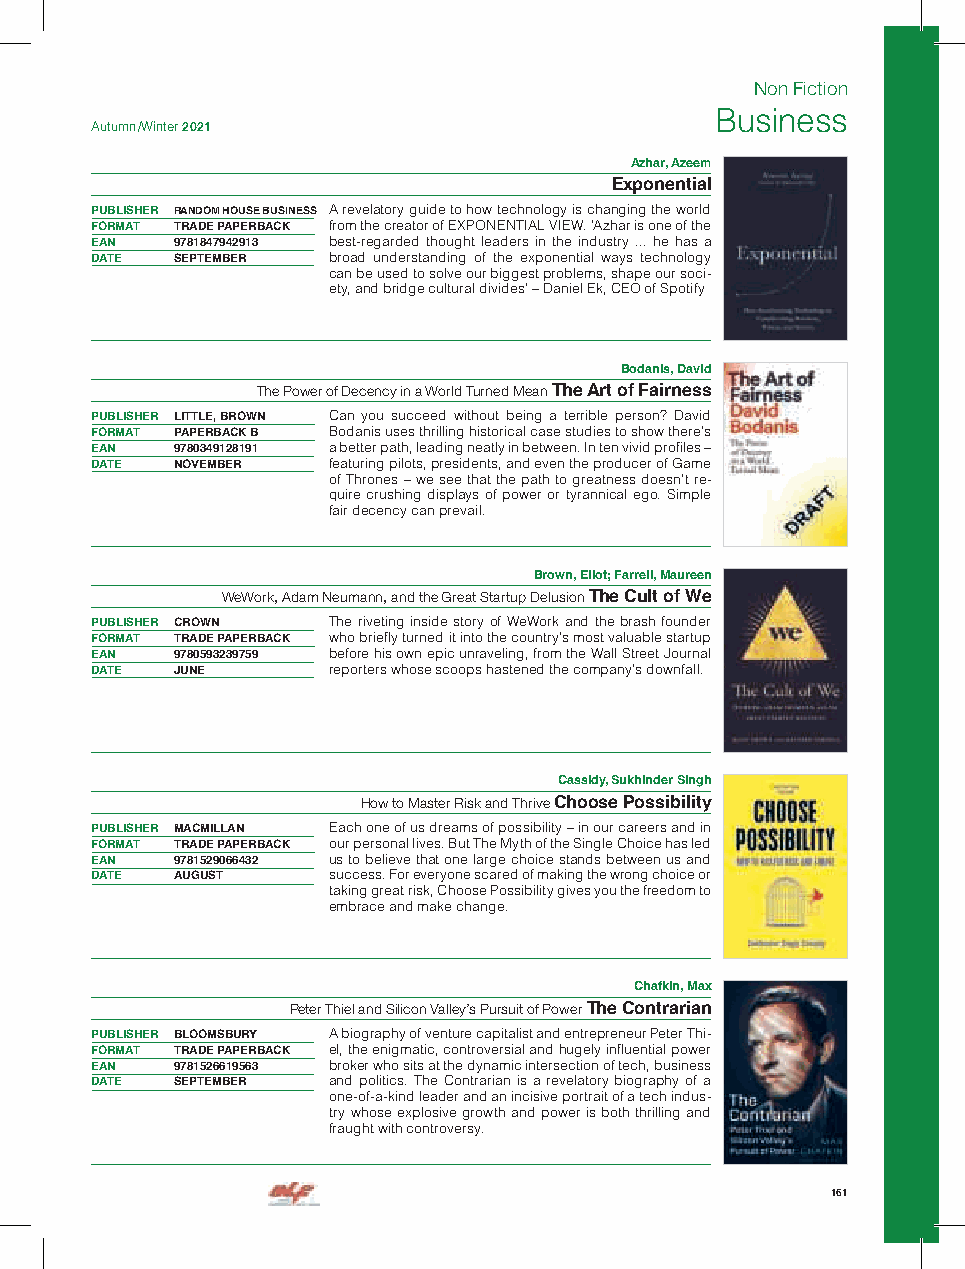
Non Fiction
 Business
 Autumn /Winter 2021
 Azhar, Azeem
 Exponential
 PUBLISHER RANDOM HOUSE BUSINESS A revelatory guide to how technology is changing the world
 FORMAT TRADE PAPERBACK from the creator of EXPONENTIAL VIEW. ’Azhar is one of the
 EAN  9781847942913 best-regarded thought leaders in the industry ... he has a
 DATE SEPTEMBER  broad understanding of the exponential ways technology
 can be used to solve our biggest problems, shape our soci-
 ety, and bridge cultural divides’ – Daniel Ek, CEO of Spotify
 Bodanis, David
 The Power of Decency in a World Turned Mean The Art of Fairness
 PUBLISHER LITTLE, BROWN Can you succeed without being a terrible person? David
 FORMAT PAPERBACK B Bodanis uses thrilling historical case studies to show there’s
 EAN  9780349128191 a better path, leading neatly in between. In ten vivid profiles –
 DATE NOVEMBER   featuring pilots, presidents, and even the producer of Game
 of Thrones – we see that the path to greatness doesn’t re-
 quire crushing displays of power or tyrannical ego. Simple
 fair decency can prevail.
 Brown, Eliot; Farrell, Maureen
 WeWork, Adam Neumann, and the Great Startup Delusion The Cult of We
 PUBLISHER CROWN The riveting inside story of WeWork and the brash founder
 FORMAT TRADE PAPERBACK who briefly turned it into the country’s most valuable startup
 EAN  9780593239759 before his own epic unraveling, from the Wall Street Journal
 DATE JUNE       reporters whose scoops hastened the company’s downfall.
 Cassidy, Sukhinder Singh
 How to Master Risk and Thrive Choose Possibility
 PUBLISHER MACMILLAN Each one of us dreams of possibility – in our careers and in
 FORMAT TRADE PAPERBACK our personal lives. But The Myth of the Single Choice has led
 EAN  9781529066432 us to believe that one large choice stands between us and
 DATE AUGUST     success. For everyone scared of making the wrong choice or
 taking great risk, Choose Possibility gives you the freedom to
 embrace and make change.
 Chafkin, Max
 Peter Thiel and Silicon Valley’s Pursuit of Power The Contrarian
 PUBLISHER BLOOMSBURY A biography of venture capitalist and entrepreneur Peter Thi-
 FORMAT TRADE PAPERBACK el, the enigmatic, controversial and hugely influential power
 EAN  9781526619563 broker who sits at the dynamic intersection of tech, business
 DATE SEPTEMBER  and politics. The Contrarian is a revelatory biography of a
 one-of-a-kind leader and an incisive portrait of a tech indus-
 try whose explosive growth and power is both thrilling and
 fraught with controversy.
 161